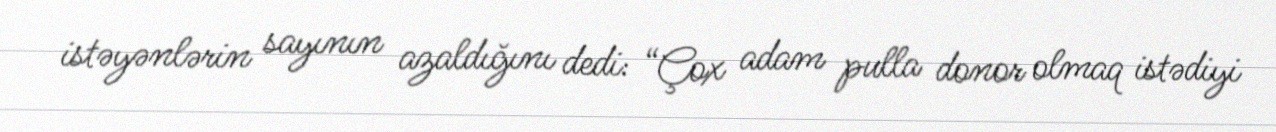
istəyənlərin sayının azaldığını dedi: “Çox adam pulla donor olmaq istədiyi